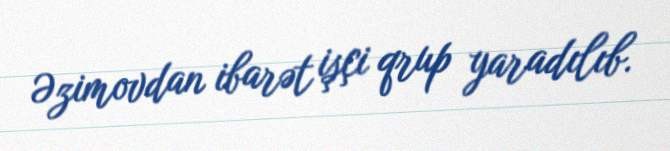
Əzimovdan ibarət işçi qrup yaradılıb.